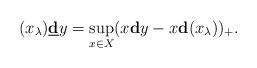
LaTeX: \begin{align*}(x_\lambda)\underline{\mathbf{d}}y=\sup_{x\in X}(x\mathbf{d}y-x\mathbf{d}(x_\lambda))_+.\end{align*}